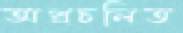
অপ্রচলিত